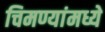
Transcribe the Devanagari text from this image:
चिमण्यांमध्ये